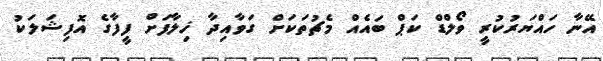
އޭނާ ހައްޔަރުކުރީ ވޯލްޑް ކަޕް ބައެއް މެޗުތަކަށް ގަވާއިދާ ޚިލާފަށް ފީފާގެ އޮފިޝަލަކު